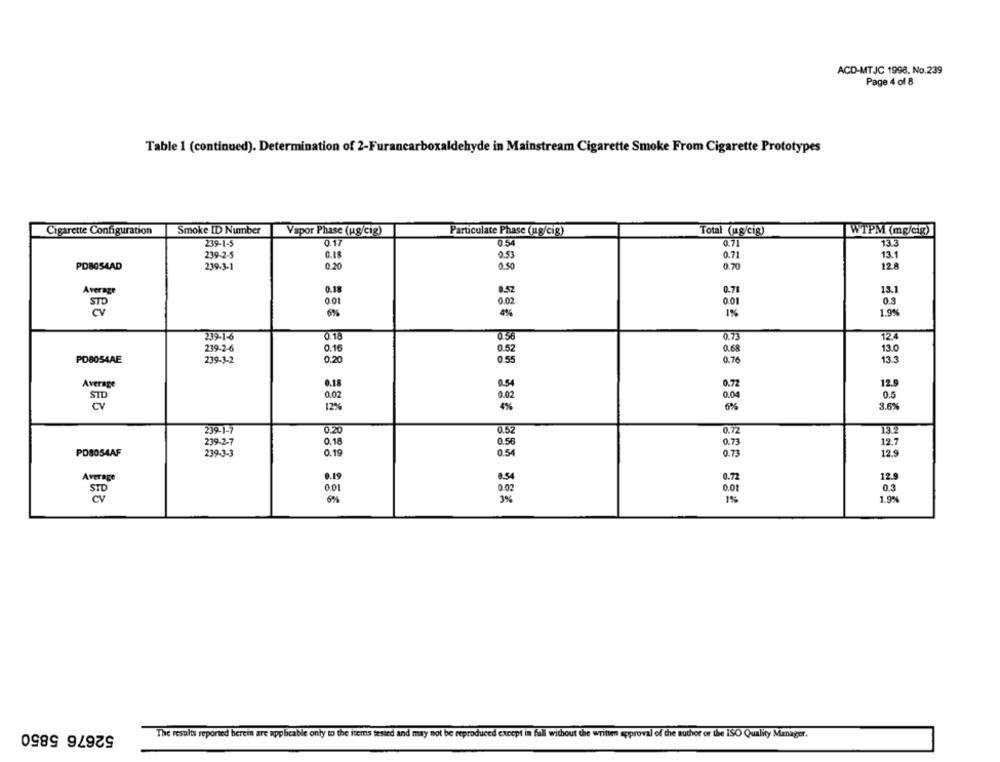
ACD-MTJC 1998, No.239
Page 4 of 8
Table 1 (continued). Determination of 2-Furancarboxaldehyde in Mainstream Cigarette Smoke From Cigarette Prototypes
Cigarette Configuration
Smoke ID Number
Vapor Phase (ug/cig)
Particulate Phase (ug/cig)
Total (ug/cig)
WTPM (mg/cip)
239-1-5
0.17
0.54
0.71
13.3
239-2-5
G.IR
0.51
0.71
13.1
PD8054AD
239-3-1
0.20
0.50
0.70
12.8
0.18
Average
0.71
13.1
0.01
0.02
0.01
0.3
6%
1%
1.9%
239-1-6
0.18
0.56
0.73
12.4
239-2-6
0.16
0.52
0.68
13.0
PD8054AE
239-3-2
0.20
0.55
0.76
13.3
Average
0.18
0.54
0.72
12.5
0.02
0.02
0.04
0.5
STD
3.6%
12%
4%
6%
239-1-7
0.20
0.52
0.72
239-2-7
0.18
0.56
12.7
0.73
PD8054AF
239-3-3
0.19
0.54
0.73
12.9
Average
0.19
0.72
12.9
0.01
0.3
STO
.02
6%
3%
1.9%
52676 5850
The results reported herein are app beable only to the items tested and may not be reproduced except in fall without the written approval of the author or the ISO Quality Manager.